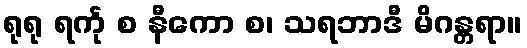
ရုရု ရင်္ကု စ နီကော စ၊ သရဘာဒီ မိဂန္တရာ။